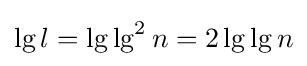
\lg l=\lg \lg ^{2}n=2\lg \lg n